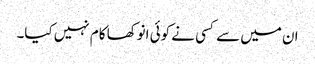
ان میں سے کسی نے کوئی انوکھا کام نہیں کیا۔